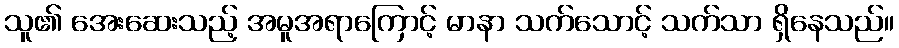
သူ၏ အေးဆေးသည့် အမူအရာကြောင့် မာနာ သက်သောင့် သက်သာ ရှိနေသည်။